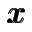
\pmb { x }